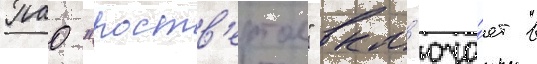
Пао "роств'ертол" вкл'юча́ет в